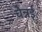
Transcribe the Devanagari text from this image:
चेन्नर्इ